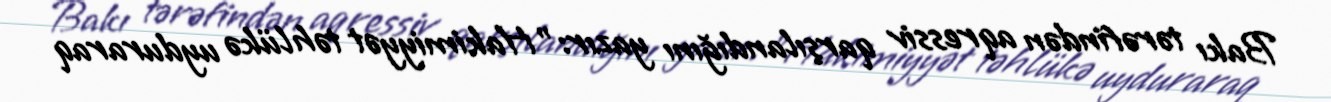
Bakı tərəfindən aqressiv qarşılandığını yazır: "Hakimiyyət təhlükə uyduraraq